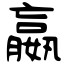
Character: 嬴